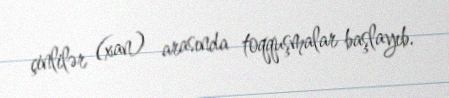
çinlilər (xan) arasında toqquşmalar başlayıb.